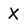
Character: X